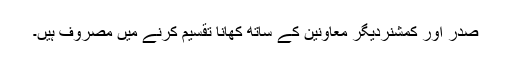
صدر اور کمشنردیگر معاونین کے ساتھ کھانا تقسیم کرنے میں مصروف ہیں۔